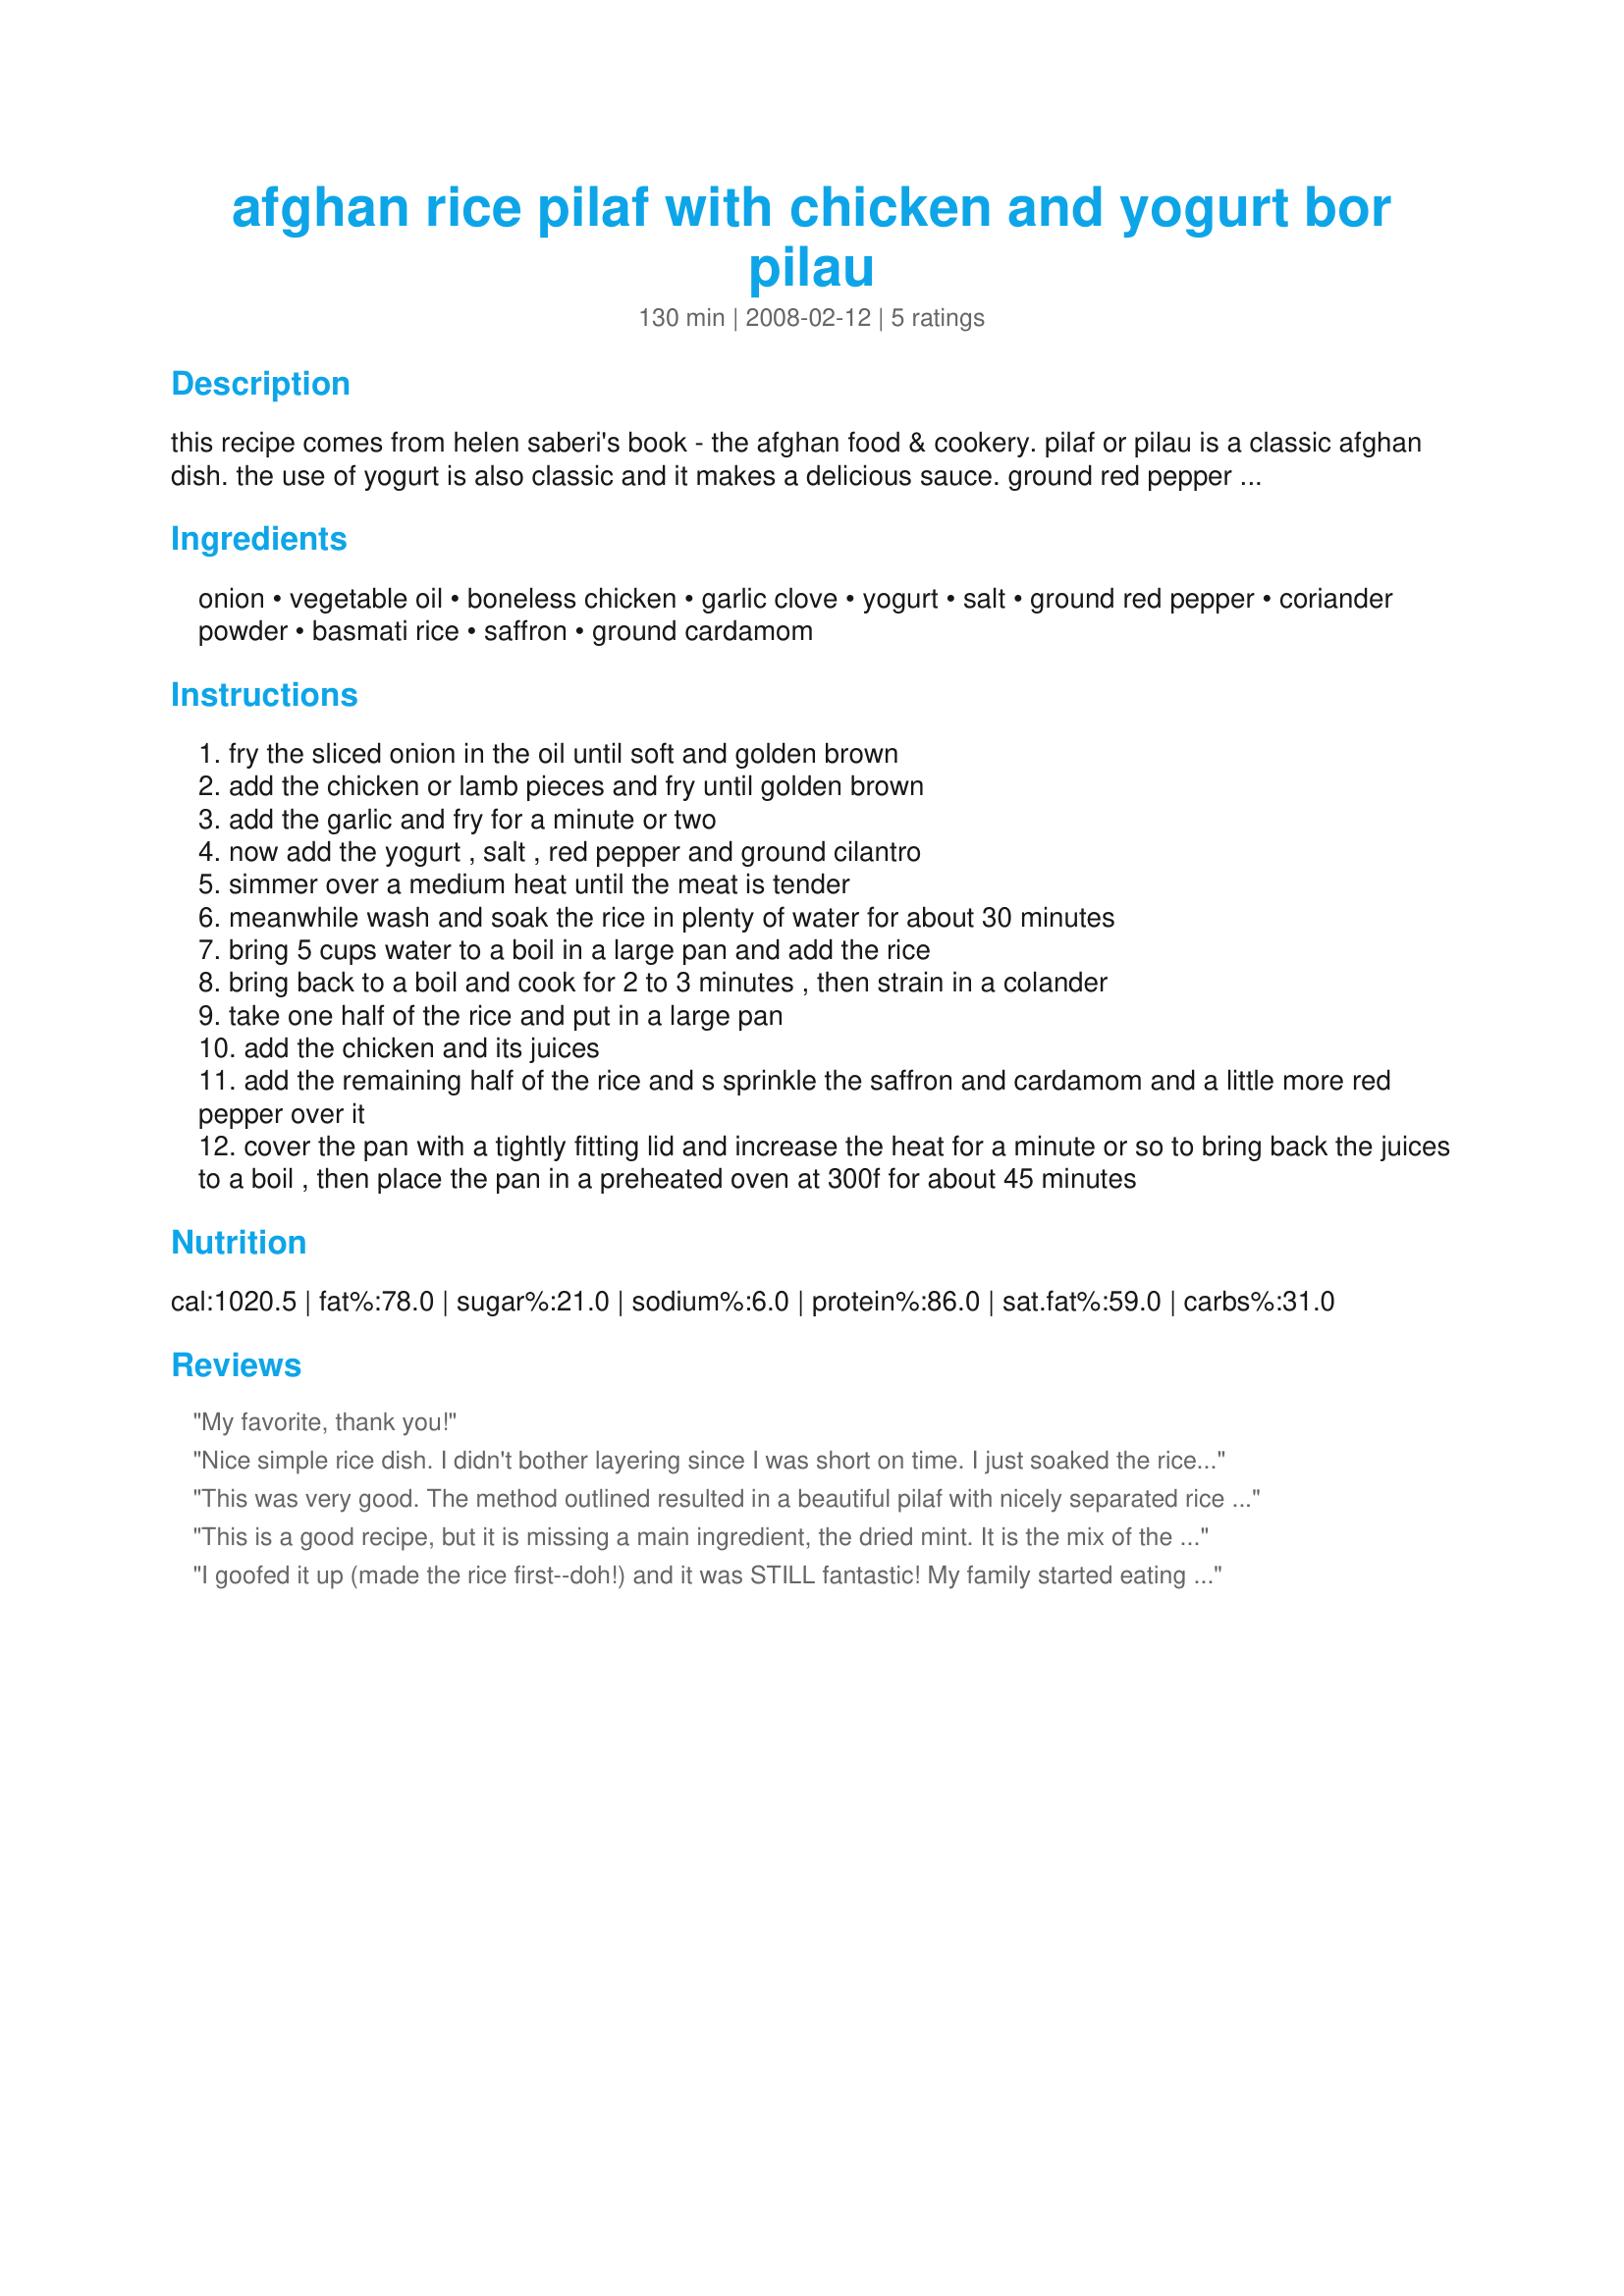
afghan rice pilaf with chicken and yogurt bor pilau
Preparation time: 130 minutes

this recipe comes from helen saberi's book - the afghan food & cookery. pilaf or pilau is a classic afghan dish. the use of yogurt is also classic and it makes a delicious sauce. ground red pepper is commonly found in north african & some asian dishes, if you cannot find it use hot paprika or a mix of regular paprika with a little cayenne added.

Ingredients:
onion, vegetable oil, boneless chicken, garlic clove, yogurt, salt, ground red pepper, coriander powder, basmati rice, saffron, ground cardamom

Steps:
fry the sliced onion in the oil until soft and golden brown
add the chicken or lamb pieces and fry until golden brown
add the garlic and fry for a minute or two
now add the yogurt , salt , red pepper and ground cilantro
simmer over a medium heat until the meat is tender
meanwhile wash and soak the rice in plenty of water for about 30 minutes
bring 5 cups water to a boil in a large pan and add the rice
bring back to a boil and cook for 2 to 3 minutes , then strain in a colander
take one half of the rice and put in a large pan
add the chicken and its juices
add the remaining half of the rice and s sprinkle the saffron and cardamom and a little more red pepper over it
cover the pan with a tightly fitting lid and increase the heat for a minute or so to bring back the juices to a boil , then place the pan in a preheated oven at 300f for about 45 minutes

Reviews:
My favorite, thank you!
Nice simple rice dish. I didn't bother layering since I was short on time. I just soaked the rice a little first and then threw it all in the pot to cook. I garnished with fresh cilantro and some fried pine nuts.
This was very good. The method outlined resulted in a beautiful pilaf with nicely separated rice grains. However, to make it a 5 star dish, the ratio of meat to rice needed adjustment and the seasonings needed to be pumped up. I used 2 lb. boneless chicken thighs, 4 cloves of garlic, 1 1/2 tsp red pepper (aleppo, or halepo if you can find it), a pinch of cayenne, 2 tsp. coriander, and used thick yoghurt that I made by straining regular yoghurt through cheesecloth. Then I served the pilaf with some additional yoghurt mixed with garlic and mint on the side. It was delicious, and happily served 6 along with a vegetable side dish.
This is a good recipe, but it is missing a main ingredient, the dried mint. It is the mix of the yogurt and mint that gives it the name of bore pilau. I have had this dish at two different homes, and both times, it had a lot of dried mint- which gets added when the rice and the chicken is getting layered/mixed. As this recipe stands, it is pretty bland, the tartness of the yogurt and the herby/earthy aroma of mint goes together well in this dish.
I goofed it up (made the rice first--doh!) and it was STILL fantastic! My family started eating out of the pan before it was even served. Even our guest, a friend of my son&#039;s, enjoyed it! The spicing is subtle, the way it is intended, allowing the flavors of the browned chicken and onions to shine through. Will definitely make again, and take photos!
